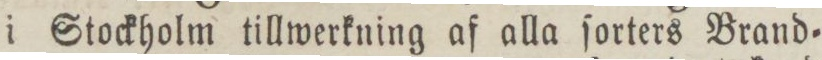
i Stockholm tillwerkning af alla ſorters Brand=